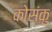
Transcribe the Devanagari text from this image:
कोसंकु